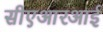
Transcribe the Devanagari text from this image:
सीएआरआई